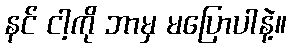
နင် ငါ့ကို ဘာမှ မပြောပါနဲ့။